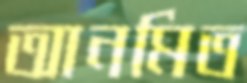
আনমিত